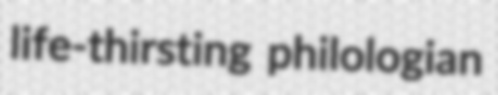
life-thirsting philologian